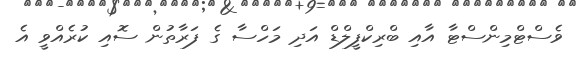
ވެސްޓްމިންސްޓާ އާއި ބްރިކްފީލްޑް އަދި މަހްސާ ގެ ފަރާތުން ސޮއި ކުރެއްވީ އެ